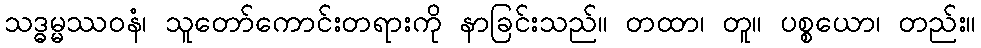
သဒ္ဓမ္မဿဝနံ၊ သူတော်ကောင်းတရားကို နာခြင်းသည်။ တထာ၊ တူ။ ပစ္စယော၊ တည်း။